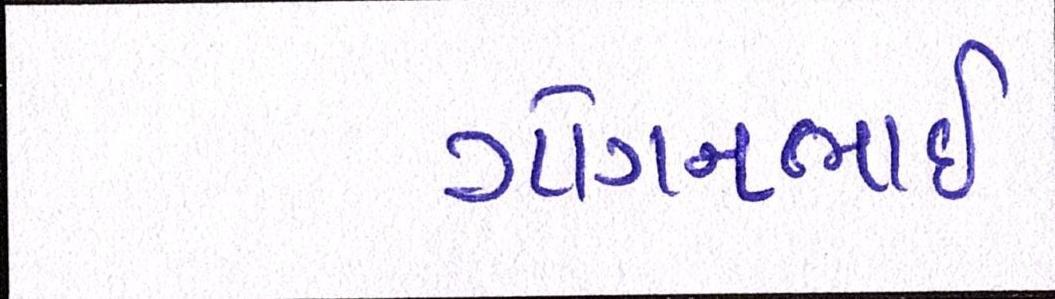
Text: ગોગનભાઇ